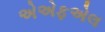
એએફએલ